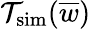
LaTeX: \mathcal{T}_{\mathrm{sim}}(\overline{{w}})